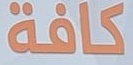
كافة